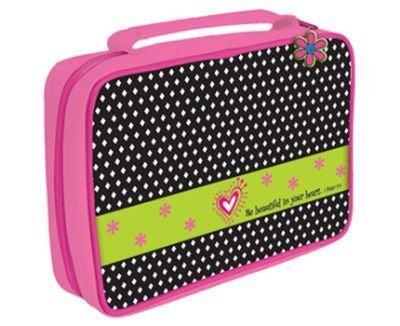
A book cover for Be Beautiful in Your Heart Fabric Medium Pink Bible Cover (Little Miss Grace); Christian Books & Bibles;